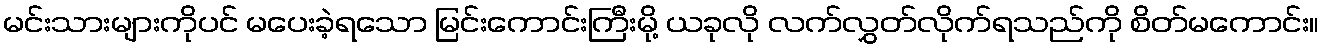
မင်းသားများကိုပင် မပေးခဲ့ရသော မြင်းကောင်းကြီးမို့ ယခုလို လက်လွှတ်လိုက်ရသည်ကို စိတ်မကောင်း။